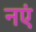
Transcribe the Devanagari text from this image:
नएं